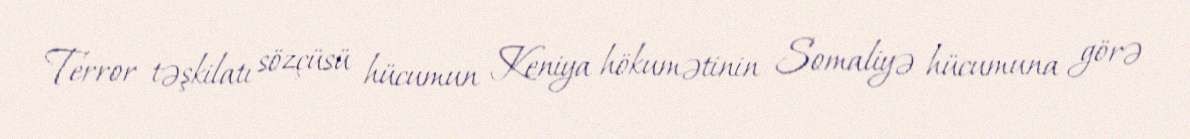
Terror təşkilatı sözçüsü hücumun Keniya hökumətinin Somaliyə hücumuna görə